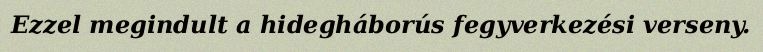
Ezzel megindult a hidegháborús fegyverkezési verseny.